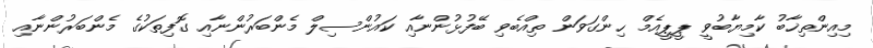
މިއިންތިޚާބު ކާމިޔާބުވީ ޕީޕީއެމް ހިންގަވަން ތިއްބެވި ބޭފުޅުންނާއި ކައުންސިލް މެންބަރުންނާއި ގޮފިތަކުގެ މެންބަރުންނާއި